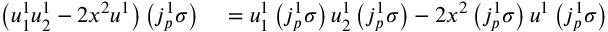
\begin{array} { r l } { \left( u _ { 1 } ^ { 1 } u _ { 2 } ^ { 1 } - 2 x ^ { 2 } u ^ { 1 } \right) \left( j _ { p } ^ { 1 } \sigma \right) } & { { } = u _ { 1 } ^ { 1 } \left( j _ { p } ^ { 1 } \sigma \right) u _ { 2 } ^ { 1 } \left( j _ { p } ^ { 1 } \sigma \right) - 2 x ^ { 2 } \left( j _ { p } ^ { 1 } \sigma \right) u ^ { 1 } \left( j _ { p } ^ { 1 } \sigma \right) } \end{array}